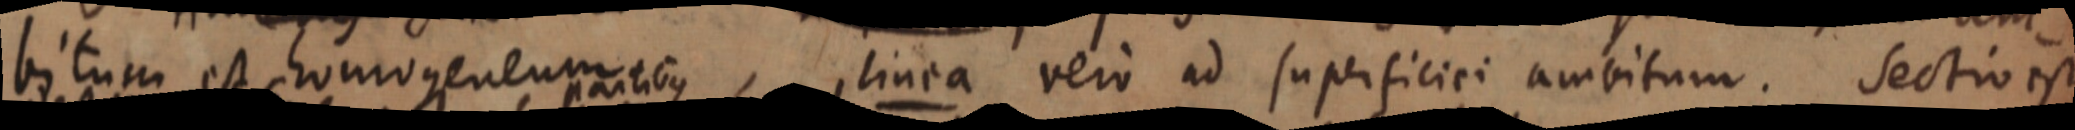
bitum est homogeneum linea vero ad superficiei ambitum. Sectio est